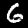
Label: 6